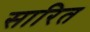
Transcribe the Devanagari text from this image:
सारित